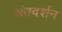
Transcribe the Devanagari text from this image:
अंतदर्शन